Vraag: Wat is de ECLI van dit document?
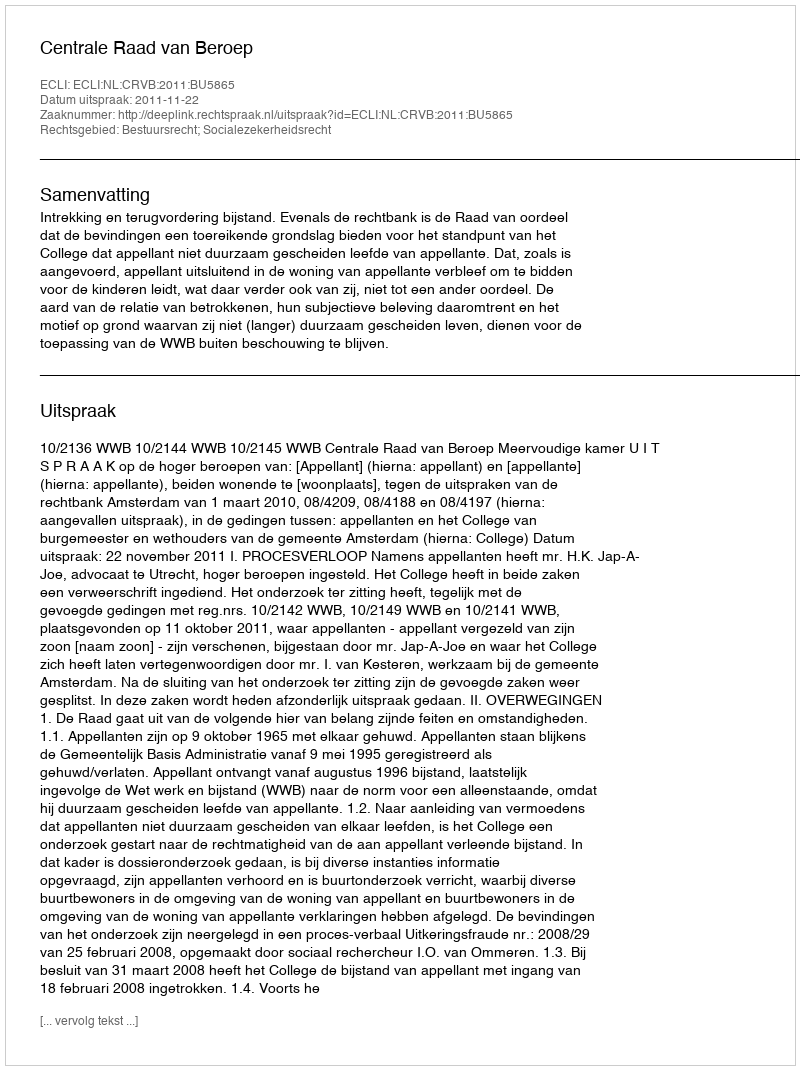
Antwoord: ECLI:NL:CRVB:2011:BU5865